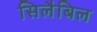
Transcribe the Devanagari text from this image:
सिलैबिल